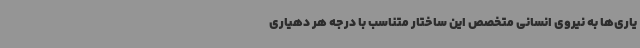
یاری‌ها به نیروی انسانی متخصص این ساختار متناسب با درجه هر دهیاری